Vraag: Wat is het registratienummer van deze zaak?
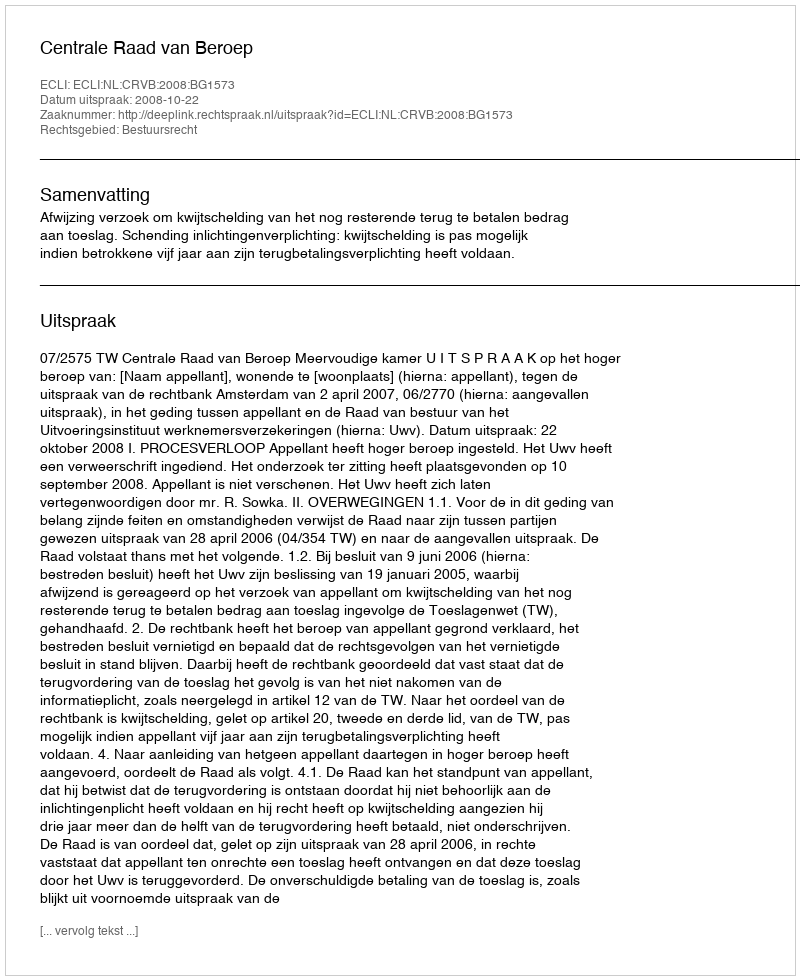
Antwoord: http://deeplink.rechtspraak.nl/uitspraak?id=ECLI:NL:CRVB:2008:BG1573